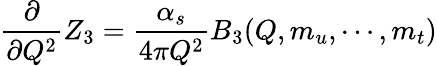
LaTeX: \frac{\partial}{\partial Q^{2}}Z_{3}=\frac{\alpha_{s}}{4\pi Q^{2}}B_{3}(Q,m_{u},\cdots,m_{t})